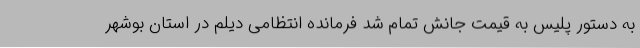
به دستور پلیس به قیمت جانش تمام شد فرمانده انتظامی دیلم در استان بوشهر